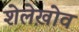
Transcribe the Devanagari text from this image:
शेलेख़ोव